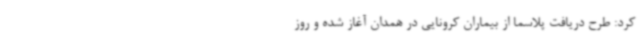
کرد: طرح دریافت پلاسما از بیماران کرونایی در همدان آغاز شده و روز